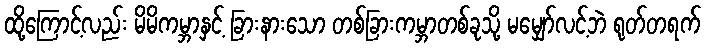
ထို့ကြောင့်လည်း မိမိကမ္ဘာနှင့် ခြားနားသော တစ်ခြားကမ္ဘာတစ်ခုသို့ မမျှော်လင့်ဘဲ ရုတ်တရက်